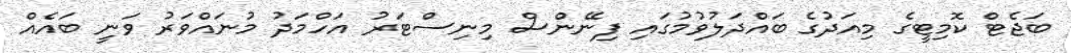
ބަޖެޓް ކޮމިޓީގެ މިއަދުގެ ބައްދަލުވުމުގައި ފިނޭންސް މިނިސްޓަރު އަހްމަދު މުނައްވަރު ވަނީ ބައެއް